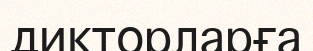
дикторларға